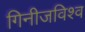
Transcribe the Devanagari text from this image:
गिनीजविश्व